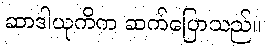
ဆာဒါယုကိက ဆက်ပြောသည်။